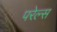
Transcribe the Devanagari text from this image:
परेल्स